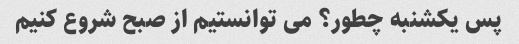
پس یکشنبه چطور؟ می توانستیم از صبح شروع کنیم